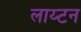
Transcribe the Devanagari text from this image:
लाय्टन